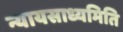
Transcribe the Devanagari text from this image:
न्यायसाध्यमिति